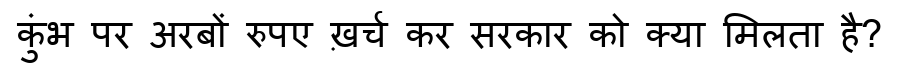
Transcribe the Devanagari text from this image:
कुंभ पर अरबों रुपए ख़र्च कर सरकार को क्या मिलता है?